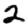
Digit: 2